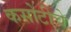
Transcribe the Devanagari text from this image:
कसोटीचे